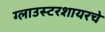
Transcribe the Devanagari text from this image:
ग्लाउस्टरशायरचे